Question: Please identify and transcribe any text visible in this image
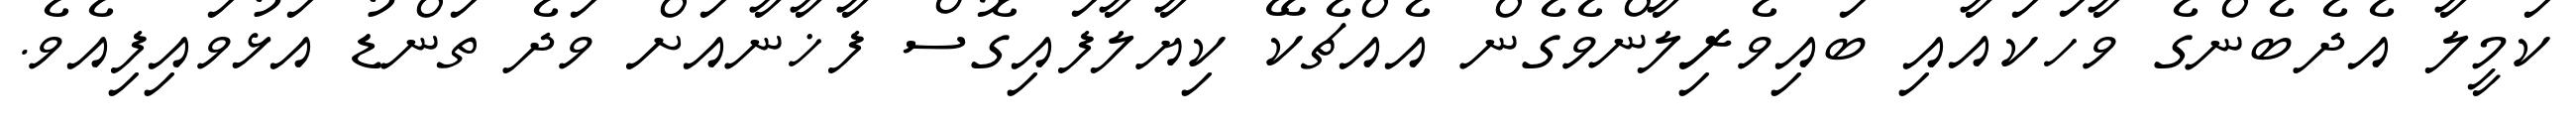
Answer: ކަމީލާ އެދެބެންގެ ވާހަކައާއި ބައިވެރިލާންވެގެން އެއްޗެކޭ ކިޔާލާފައިގޮސް ފާޚާނާއަށް ވަދެ ތަންޑު އަޅުވައިފިއެވެ.